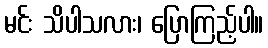
မင်း သိပါသလား၊ ပြောကြည့်ပါ။